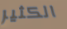
الكثير